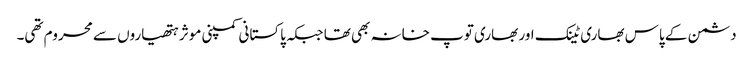
دشمن کے پاس بھاری ٹینک اور بھاری توپ خانہ بھی تھا جبکہ پاکستانی کمپنی موثر ہتھیاروں سے محروم تھی۔